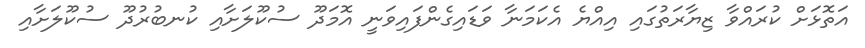
އަތޮޅަށް ކުރައްވާ ޒިޔާރަތުގައި އިއްޔެ އެކަމަނާ ވަޑައިގެންފައިވަނީ އޮމަދޫ ސުކޫލަށާއި ކުނބުރުދޫ ސުކޫލަށާއި